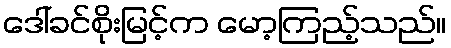
ဒေါ်ခင်စိုးမြင့်က မော့ကြည့်သည်။